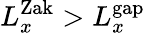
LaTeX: L_{x}^{\mathrm{Zak}}>L_{x}^{\mathrm{gap}}